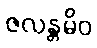
ဇလန္တမိဝ